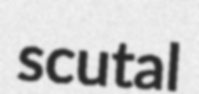
scutal